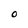
Character: O